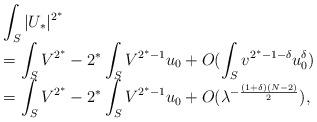
LaTeX: \begin{align*}\begin{array}{ll}\displaystyle\int_{S}| U_*|^{2^*}\\=\displaystyle\int_S V^{2^*}-\displaystyle 2^*\int_S V^{2^*-1} u_0+O(\int_S v^{2^*-1-\delta}u_0^\delta)\\=\displaystyle\int_S V^{2^*}-\displaystyle 2^*\int_S V^{2^*-1} u_0+O(\lambda^{-\frac{(1+\delta)(N-2)}{2}}),\\\end{array}\end{align*}